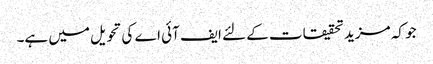
جو کہ مزید تحقیقات کے لئے ایف آئی اے کی تحویل میں ہے۔